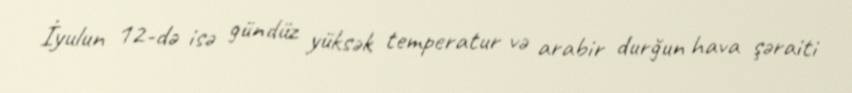
İyulun 12-də isə gündüz yüksək temperatur və arabir durğun hava şəraiti